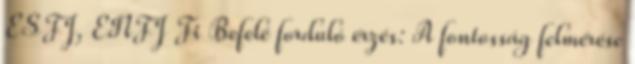
ESFJ, ENFJ Fi Befelé forduló érzés: A fontosság felmérése